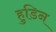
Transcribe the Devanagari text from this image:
हुडिन